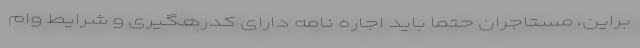
براین، مستاجران حتماً باید اجاره نامه دارای کدرهگیری و شرایط وام